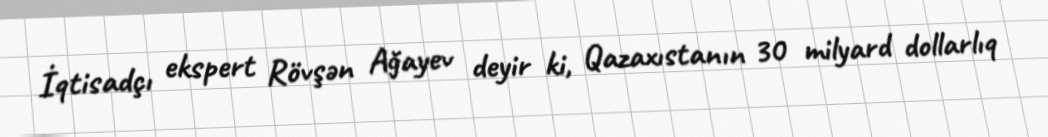
İqtisadçı ekspert Rövşən Ağayev deyir ki, Qazaxıstanın 30 milyard dollarlıq